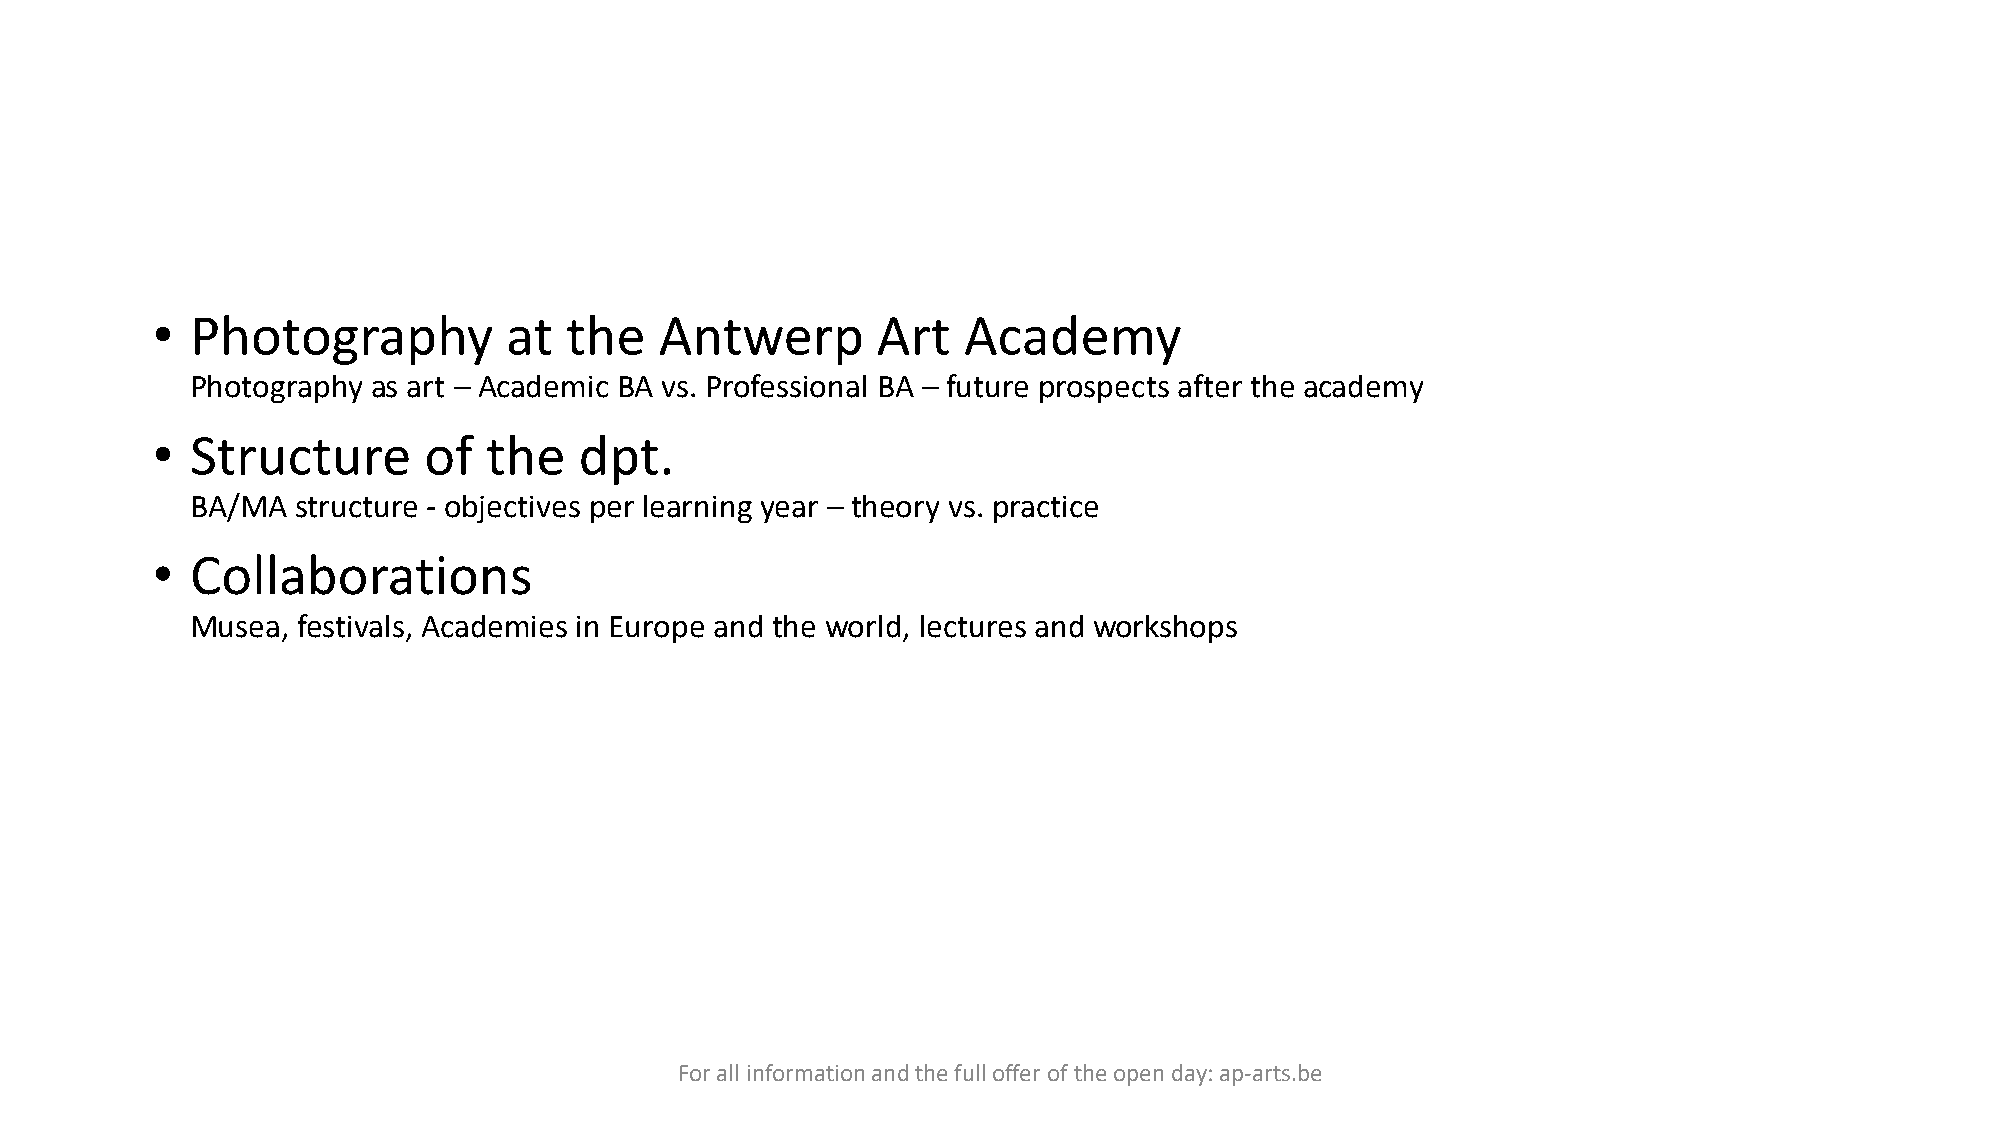
•  Photography         at  the    Antwerp       Art   Academy
 Photography as art – Academic BA vs. Professional BA – future prospects after the academy
 •  Structure      of  the   dpt.
 BA/MA  structure - objectives per learning year – theory vs. practice
 •  Collaborations
 Musea, festivals, Academies in Europe and the world, lectures and workshops
 For all information and the full offer of the open day: ap-arts.be